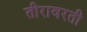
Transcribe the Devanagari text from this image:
तीरावरती